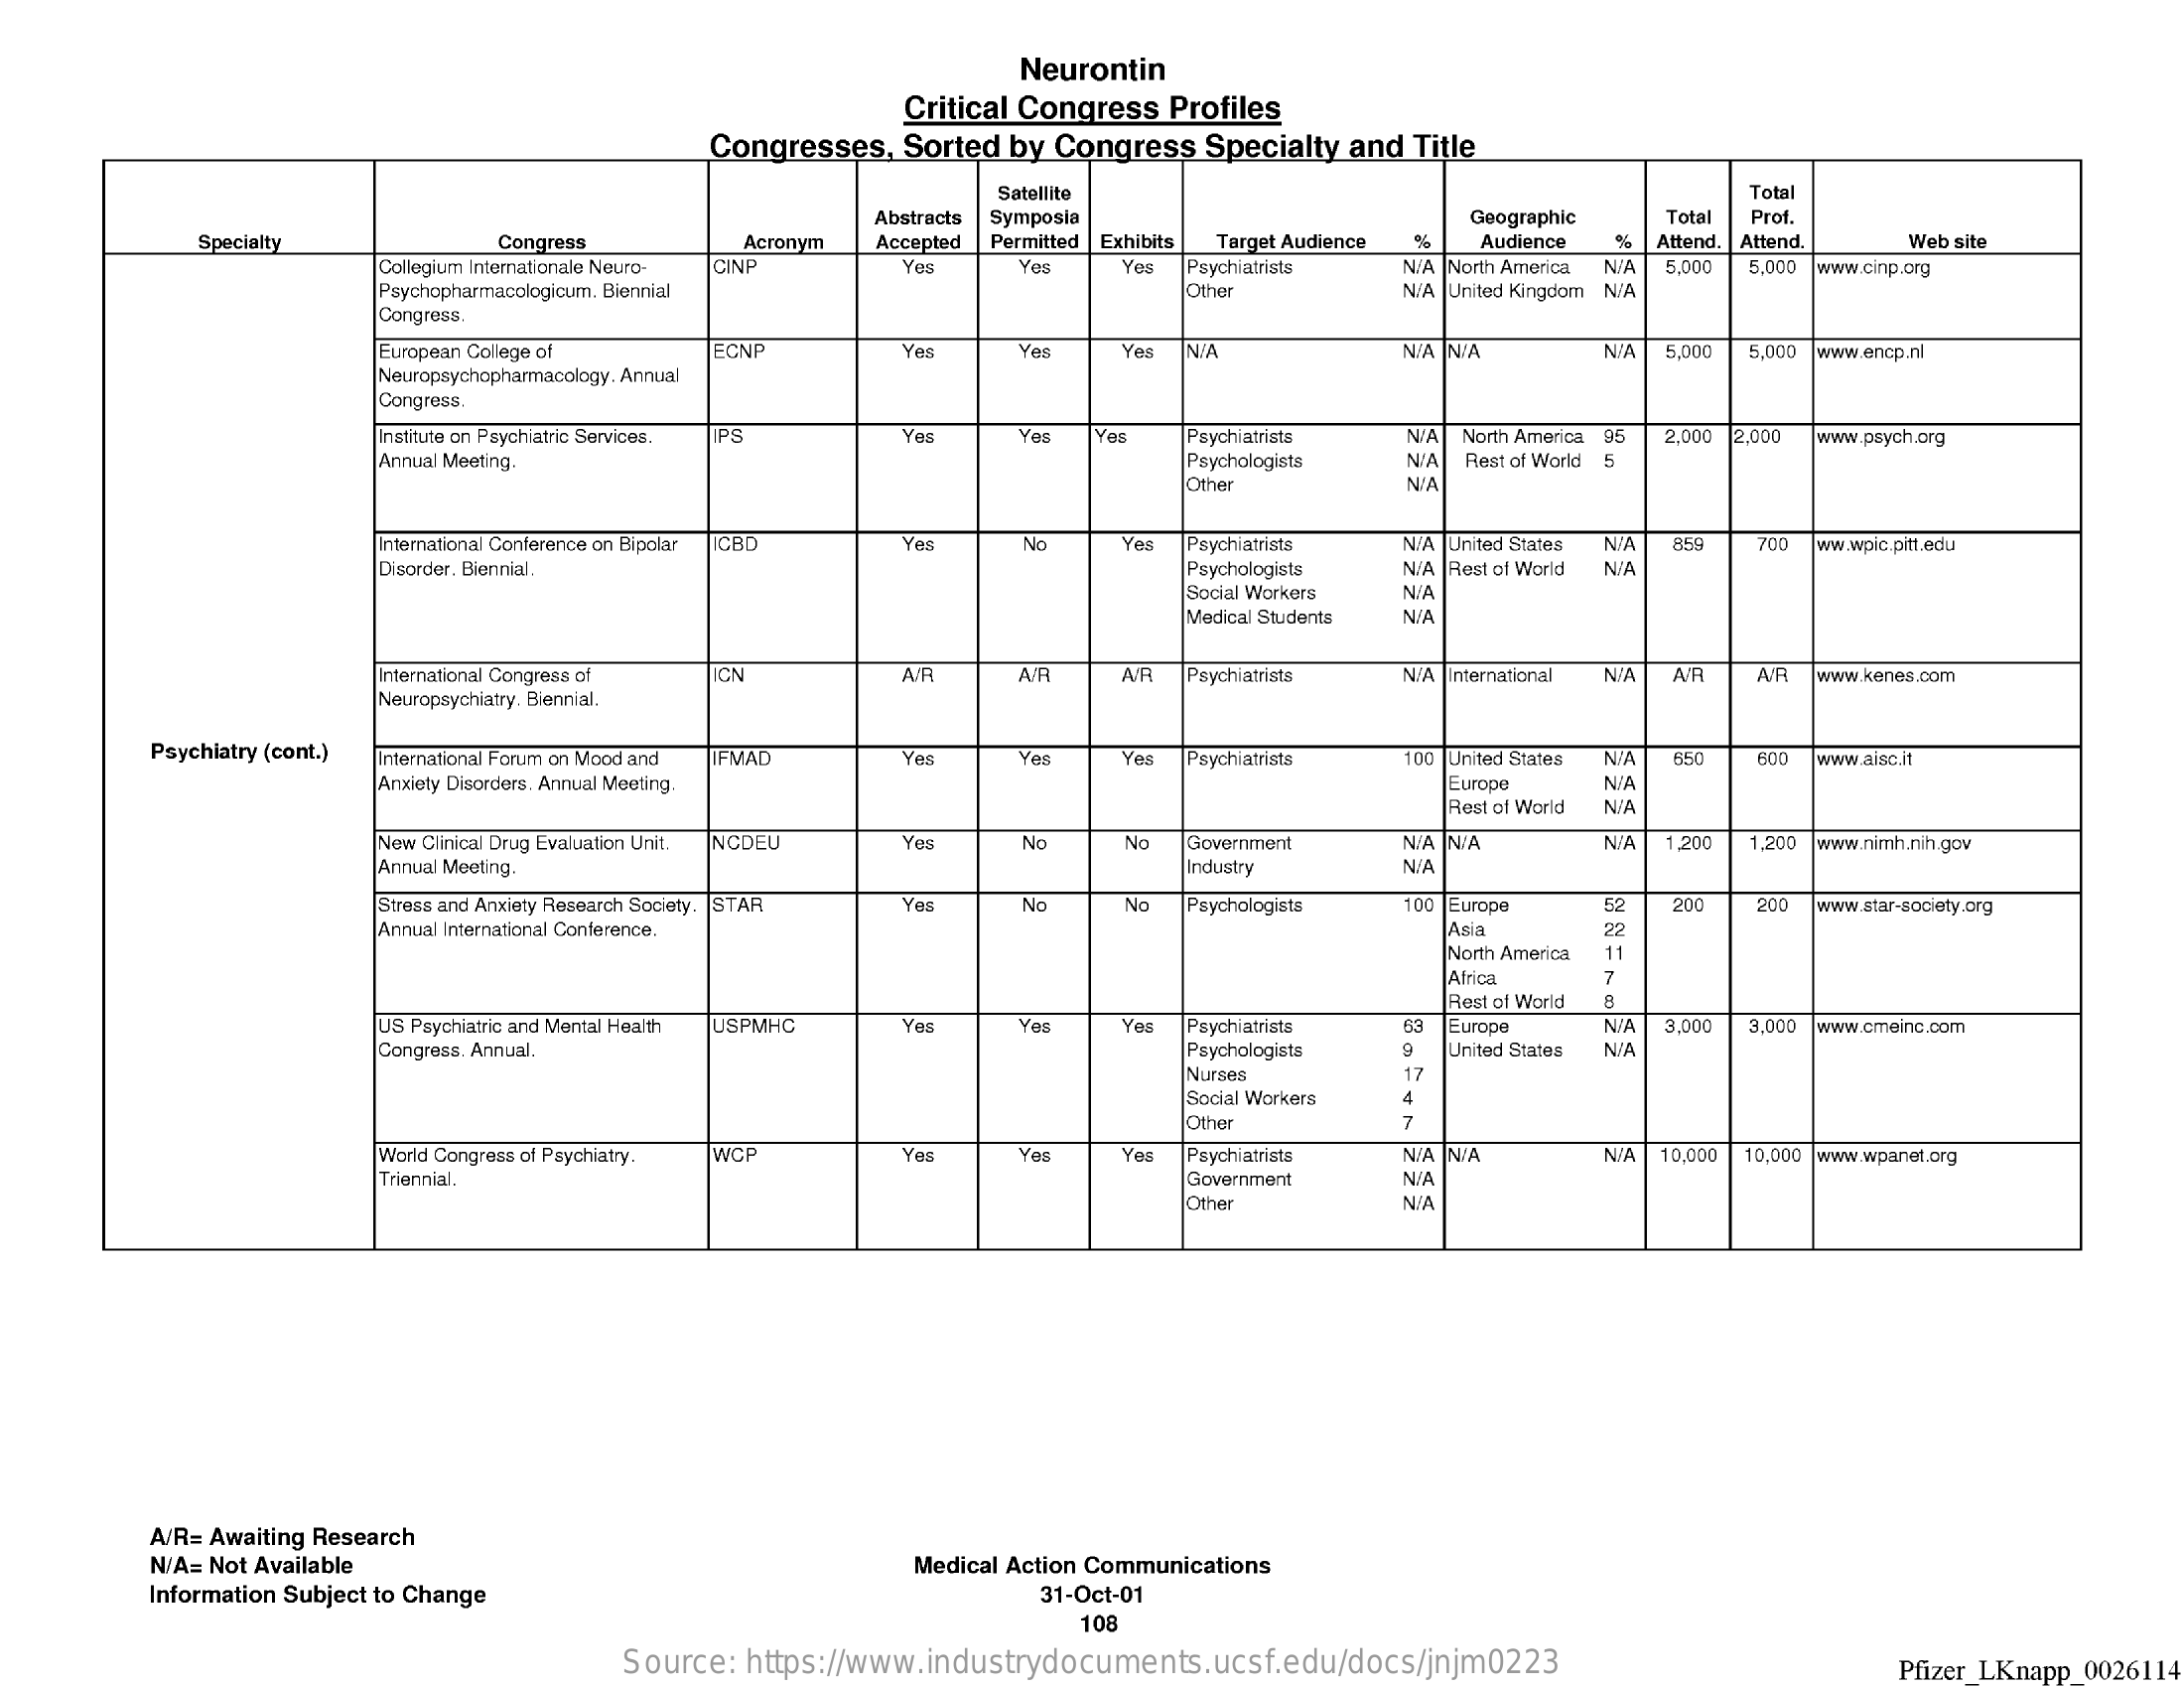
Neurontin
     Critical Congress Profiles
     Congresses, Sorted by Congress Specialty and Title
     Satellite    Total
     Abstracts Symposia    Geographic Total Prof.
     Specialty    Congress    Acronym Accepted Permitted Exhibits Target Audience Audience % Attend. Attend. Web site
     Collegium Internationale Neuro- CINP Yes Yes Yes Psychiatrists N/A |North America NYA 5,000 5,000 www.cinp.org
     Psychopharmacologicum. Biennial    Other    N/A United Kingdom N/A
     Congress.
     European College of ECNP    Yes    Vel    N/A    NIA NIA    N/A 5,000 5,00D www.encp.nl
     Neuropsychopharmacology. Annual
     Congress.
     Institute on Psychiatric Services. PS Yes Yes   Psychiatrists N/A North America 95 2.000 2.000 www.psych.org
     Annual Meeting.    Psychologists N/A Rest of World 5
     Other    N/A
     International Conference on Bipolar ICBD Yes No Yes Psychiatrists N/A |United States
     Disorder. Biennial.    Psychologists
     N/A 859  700 ww.wpic.pitt.edu
     N/A Rest of World N/A
     Social Workers N/A
     Medical Students N/A
     International Congress of CN    A/R   A/R    Psychiatrists NIA International N/A A/R A/R www.kenes.com
     Neuropsychiatry. Biennial,
     Psychiatry (cont.) International Forum on Mood and IFMAD Yes Yes Yes Psychiatrists 100 United States NIA 650 600 www.aisc.it
     Anxiety Disorders. Annual Meeting.    Europe    N/A
     Rest of World N/A
     New Clinical Drug Evaluation Unit. NCDEU Yes No No Government NIA N/A    N/A 1.200 1.200 www.nimh.nih.gov
     Annual Meeting.    Industry    NIA
     Stress and Anxiety Research Society. STAR Yes No No Psychologists 100 Europe 52 200 200
     Annual International Conference.
     www.star-society.org
     Asia    22
     North America 11
     Africa    7
     Rest of World
     US Psychiatric and Mental Health USPMHC Yes Yes Yes Psychiatrists 63 Europe NIA 3,000 3,000 www.cmeinc.com
     Congress, Annual.    Psychologists   United States N/A
     Nurses
     Social Workers 4
     Other    7
     World Congress of Psychiatry. WCF Yes  Yes   Yes Psychiatrists N/A N/A    N/A 10,000 10,000 www.wpanel.org
     Triennial.    Government  N/A
     Other    NIA
     A/R= Awaiting Research
     N/A= Not Available    Medical Action Communications
     Information Subject to Change    31-Oct-01
     108
     Source: https://www.industrydocuments.ucsf.edu/docs/jnjm0223    Pfizer_LKnapp_0026114